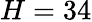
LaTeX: H=34